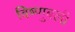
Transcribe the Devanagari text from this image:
विष्णुबली